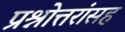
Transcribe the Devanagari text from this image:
प्रश्नोत्तरांसह